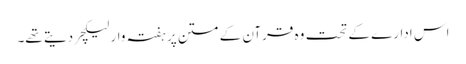
اس ادارے کے تحت وہ قرآن کے متن پر ہفتہ وار لیکچر دیتے تھے۔